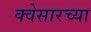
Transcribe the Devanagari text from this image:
क्वेसारच्या